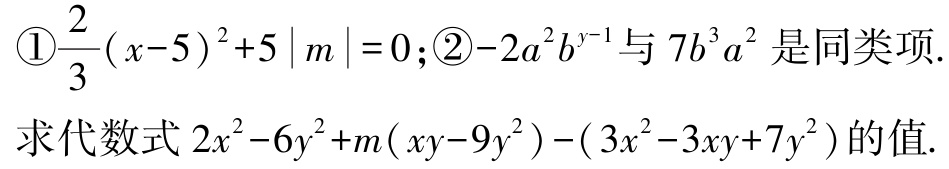
\textcircled{1}$\frac{2}{3}(x - 5)^2 + 5|m| = 0$;\textcircled{2}$-2a^{2}b^{y - 1}$与$7b^{3}a^{2}$是同类项.

求代数式$2x^{2}-6y^{2}+m(xy - 9y^{2})-(3x^{2}-3xy + 7y^{2})$的值.